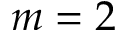
m = 2